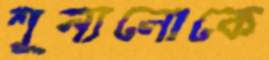
শূন্যলোকে